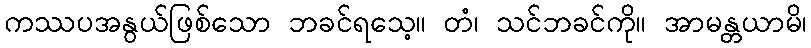
ကဿပအနွယ်ဖြစ်သော ဘခင်ရသေ့။ တံ၊ သင်ဘခင်ကို။ အာမန္တယာမိ၊